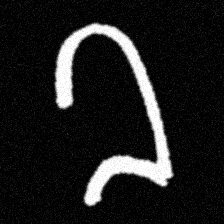
Pyu character \u2014 Myanmar letter: ခ (romanized: kha)